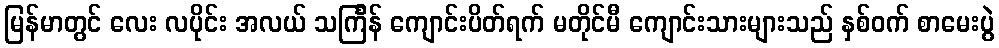
မြန်မာတွင် လေး လပိုင်း အလယ် သင်္ကြန် ကျောင်းပိတ်ရက် မတိုင်မီ ကျောင်းသားများသည် နှစ်ဝက် စာမေးပွဲ